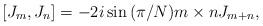
LaTeX: \begin{align*}[J_m, J_n]=-2i\sin{(\pi/N)m\times n}J_{m+n},\end{align*}